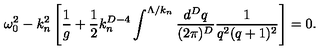
\omega _ { 0 } ^ { 2 } - k _ { n } ^ { 2 } \left[ { \frac { 1 } { g } } + { \frac { 1 } { 2 } } k _ { n } ^ { D - 4 } \int ^ { \Lambda / k _ { n } } { \frac { d ^ { D } q } { ( 2 \pi ) ^ { D } } } { \frac { 1 } { q ^ { 2 } ( q + 1 ) ^ { 2 } } } \right] = 0 .